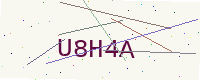
Text: U8H4A